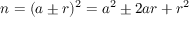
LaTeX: n = ( a \pm r ) ^ { 2 } = a ^ { 2 } \pm 2 a r + r ^ { 2 }